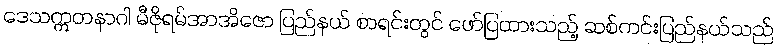
ဒေသဣတနာဂါ မီဇိုရမ်အာအိဇော ပြည်နယ် စာရင်းတွင် ဖော်ပြထားသည့် ဆစ်ကင်းပြည်နယ်သည်